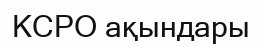
КСРО ақындары